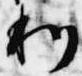
利